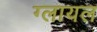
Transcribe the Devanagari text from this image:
ग्लायल